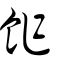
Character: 飵